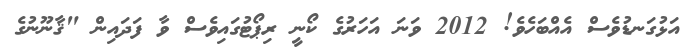
އަޅުގަނޑުވެސް އެއްބަހެވެ! 2012 ވަނަ އަހަރުގެ ކޯނީ ރިޕޯޓުގައިވެސް ވާ ފަދައިން "ޤާނޫނުގެ